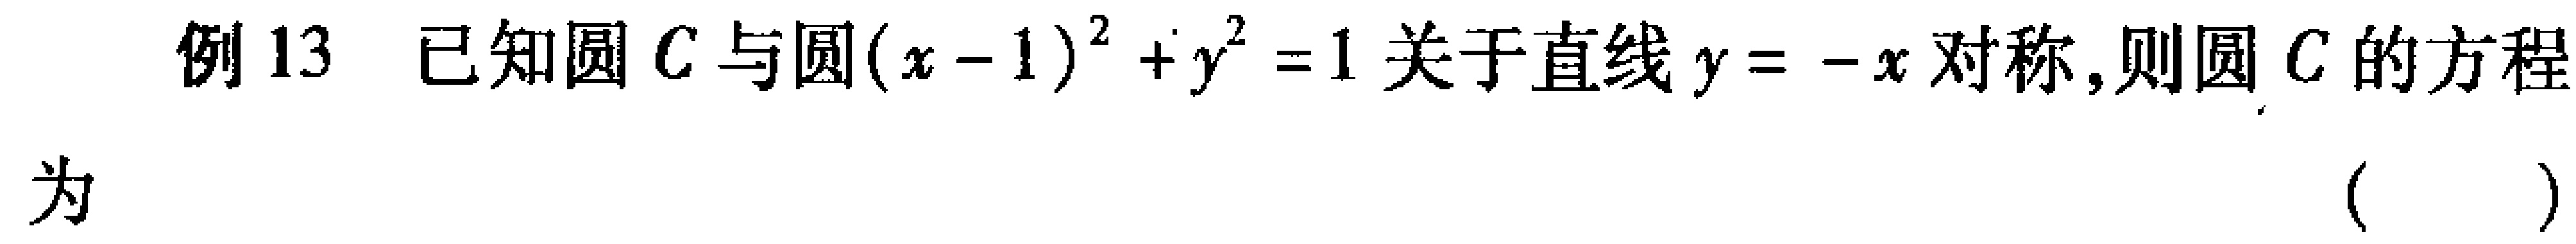
例13 已知圆\(C\)与圆\((x - 1)^{2}+y^{2}=1\)关于直线\(y = -x\)对称,则圆\(C\)的方程
为 （  ）